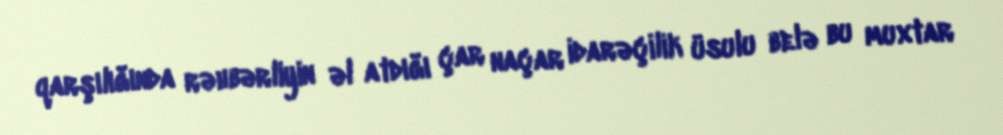
qarşılığında rəhbərliyin əl atdığı çar naçar idarəçilik üsulu belə bu muxtar